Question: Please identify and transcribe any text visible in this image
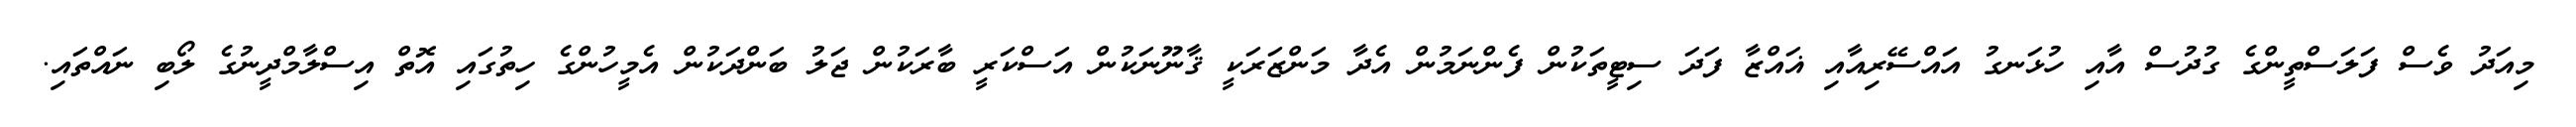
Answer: މިއަދު ވެސް ފަލަސްތީންގެ ގުދުސް އާއި ހުޅަނގު އައްސޭރިއާއި ޣައްޒާ ފަދަ ސިޓީތަކުން ފެންނަމުން އެދާ މަންޒަރަކީ ޤާނޫނަކުން އަސްކަރީ ބާރަކުން ޖަލު ބަންދަކުން އެމީހުންގެ ހިތުގައި އޮތް އިސްލާމްދީނުގެ ލޯބި ނައްތައި.